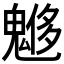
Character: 𩳲